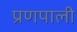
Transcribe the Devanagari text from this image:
प्रणपाली